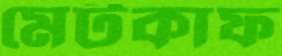
মেটকাফ